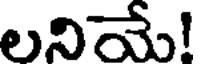
లనియే!